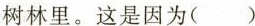
树林里。这是因为( )